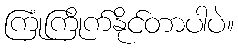
ကြုံကြိုက်နိုင်တာပါပဲ။